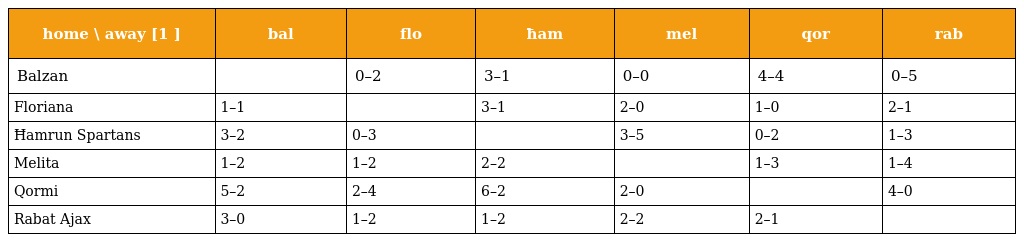
| home \ away [1 ] | bal | flo | ħam | mel | qor | rab |
 | --- | --- | --- | --- | --- | --- | --- |
 | Balzan |  | 0–2 | 3–1 | 0–0 | 4–4 | 0–5 |
 | Floriana | 1–1 |  | 3–1 | 2–0 | 1–0 | 2–1 |
 | Ħamrun Spartans | 3–2 | 0–3 |  | 3–5 | 0–2 | 1–3 |
 | Melita | 1–2 | 1–2 | 2–2 |  | 1–3 | 1–4 |
 | Qormi | 5–2 | 2–4 | 6–2 | 2–0 |  | 4–0 |
 | Rabat Ajax | 3–0 | 1–2 | 1–2 | 2–2 | 2–1 |  |